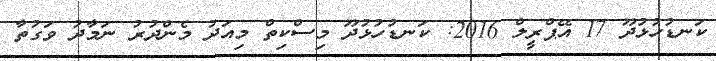
ކަނޑުހުޅުދޫ 17 އޭޕްރީލް 2016: ކަނޑުހުޅުދޫ މިސްކިތް މިއަދު މެންދުރު ނަމާދު ވަގުތާ